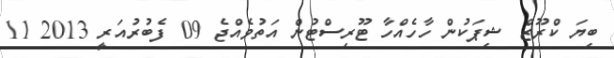
ބިޔަ ކްރޫޒް ޝިޕަކުން ހާހެއްހާ ޓޫރިސްޓުން އަތުވެއްޖެ 09 ފެބުރުއަރީ 2013 11